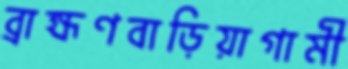
ব্রাহ্মণবাড়িয়াগামী